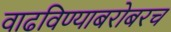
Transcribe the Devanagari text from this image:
वाढविण्याबरोबरच